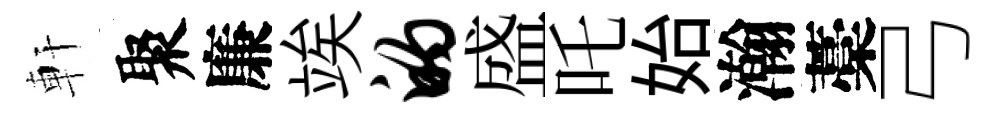
軒聚廉竢的盛吒始瀚藁弓